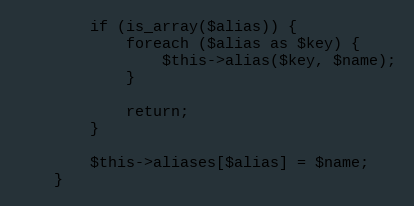
Language: PHP
		if (is_array($alias)) {
			foreach ($alias as $key) {
				$this->alias($key, $name);
			}

			return;
		}

		$this->aliases[$alias] = $name;
	}